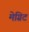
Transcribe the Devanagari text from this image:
मेग्रिट